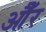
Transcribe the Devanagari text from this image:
औँर